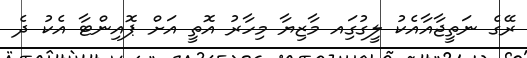
ރޭގެ ނަތީޖާއާއެކު ލީގުގަިއ މާޒިޔާ މިހާރު އޮތީ އަށް ޕޮއިންޓާ އެކު ދެ